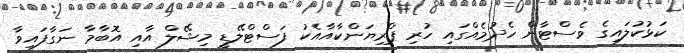
ކަޅުކުލައިގެ ވެސްޓާން ހެދުމެއްގައި ހުރި ޕްރިޔަންކާއާއެކު ފަސްޓްލޭޑީ މިޝޭލް އާއި އޮބާމާ ނަގާފައިވާ